Civil Veterinary Dept. Assam report 1927-50 - 1927-1950
Year: 1927
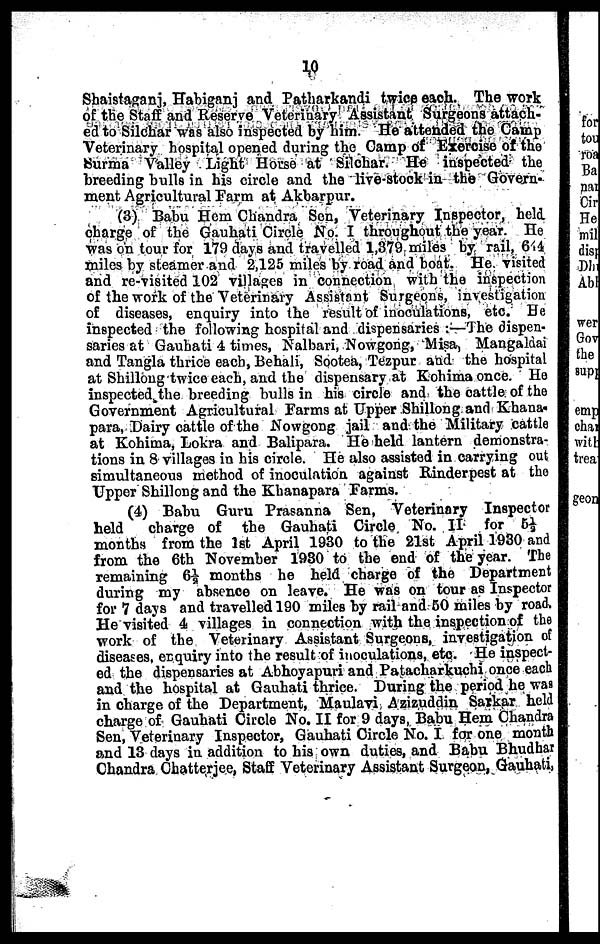
10
Shaistaganj, Habiganj and Patharkandi twice each. The work
of the Staff and Reserve Veterinary Assistant Surgeons attach-
ed to Silchar was also inspected by him. He attended the Camp
Veterinary hospital opened during the Camp of Exercise of the
Surma Valley Light Horse at Silchar. He inspected the
breeding bulls in his circle and the live-stock in the Govern-
ment Agricultural Farm at Akbarpur.
(3) Babu Hem Chandra Sen, Veterinary Inspector, held
charge of the Gauhati Circle No. I throughout the year. He
was on tour for 179 days and travelled 1,379 miles by rail, 644
miles by steamer and 2,125 miles by road and boat. He visited
and re-visited 102 villages in connection with the inspection
of the work of the Veterinary Assistant Surgeons, investigation
of diseases, enquiry into the result of inoculations, etc. He
inspected the following hospital and dispensaries:—The dispen-
saries at Gauhati 4 times, Nalbari, Nowgong, Misa, Mangaldai
and Tangla thrice each, Behali, Sootea, Tezpur and the hospital
at Shillong twice each, and the dispensary at Kohima once. He
inspected the breeding bulls in his circle and the cattle of the
Government Agricultural Farms at Upper Shillong and Khana-
para, Hairy cattle of the Nowgong jail and the Military cattle
at Kohima, Lokra and Balipara. He held lantern demonstra-
tions in 8 villages in his circle. He also assisted in carrying out
simultaneous method of inoculation against Rinderpest at the
Upper Shillong and the Khanapara Farms.
(4) Babu Guru Prasanna Sen, Veterinary Inspector
held
charge of the Gauhati Circle No. II for 5½
months from the 1st April 1930 to the 21st April 1930 and
from the 6th November 1930 to the end of the year. The
remaining 6½ months he held charge of the Department
during my absence on leave. He was on tour as Inspector
for 7 days and travelled 190 miles by rail and 50 miles by road.
He visited 4 villages in connection with the inspection of the
work of the Veterinary Assistant Surgeons, investigation of
diseases, enquiry into the result of inoculations, etc. He inspect-
ed the dispensaries at Abhoyapuri and Patacharkuchi once each
and the hospital at Gauhati thrice. During the period he was
in charge of the Department, Maulavi Azizuddin Sarkar held
charge of Gauhati Circle No. II for 9 days, Babu Hem Chandra
Sen, Veterinary Inspector, Gauhati Circle No. I for one month
and 13 days in addition to his own duties, and Babu Bhudhar
Chandra Chatterjee, Staff Veterinary Assistant Surgeon, Gauhati,